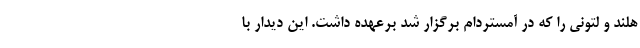
هلند و لتونی را که در آمستردام برگزار شد برعهده داشت. این دیدار با